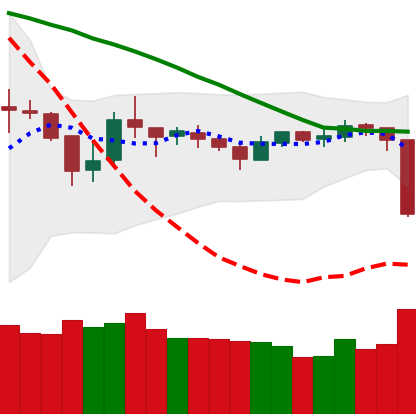
Ticker: BTC-USD
Chart end date: 2018-10-11
Forward return: 5.432%
Label: up_5_7